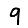
Digit: 9